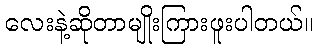
လေးနဲ့ဆိုတာမျိုးကြားဖူးပါတယ်။